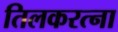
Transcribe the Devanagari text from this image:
तिलकरत्ना